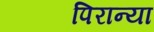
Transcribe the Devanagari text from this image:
पिरान्या